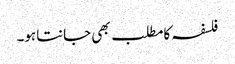
فلسفہ کامطلب بھی جانتاہو۔